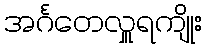
အင်္ဂတေလှူရကျိုး